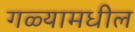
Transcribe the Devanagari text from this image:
गळ्यामधील